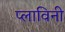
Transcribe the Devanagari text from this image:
प्लाविनी